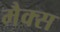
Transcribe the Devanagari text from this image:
मैक्‍स